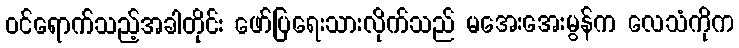
ဝင်ရောက်သည့်အခါတိုင်း ဖော်ပြရေးသားလိုက်သည် မအေးအေးမွန်က လေသံကိုက